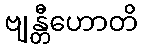
ဗျန္တီဟောတိ